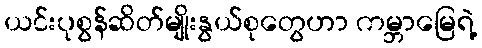
ယင်းပုစွန်ဆိတ်မျိုးနွယ်စုတွေဟာ ကမ္ဘာမြေရဲ့